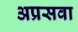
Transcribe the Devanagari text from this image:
अप्रसवा